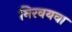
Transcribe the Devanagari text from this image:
निरवयवा